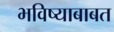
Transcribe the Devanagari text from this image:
भविष्याबाबत